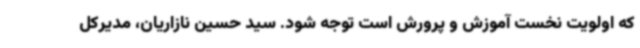
که اولویت نخست آموزش و پرورش است توجه شود. سید حسین نازاریان، مدیرکل